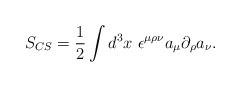
\begin{align*}S_{CS} = \frac{1}{2} \int d^3 x~ \epsilon^{\mu \rho\nu} a_\mu \partial_\rho a_\nu.\end{align*}